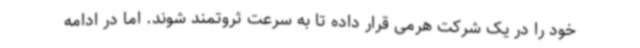
خود را در یک شرکت هرمی قرار داده تا به سرعت ثروتمند شوند. اما در ادامه